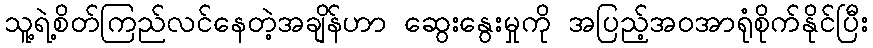
သူ့ရဲ့စိတ်ကြည်လင်နေတဲ့အချိန်ဟာ ဆွေးနွေးမှုကို အပြည့်အဝအာရုံစိုက်နိုင်ပြီး